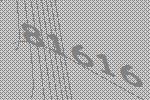
81616